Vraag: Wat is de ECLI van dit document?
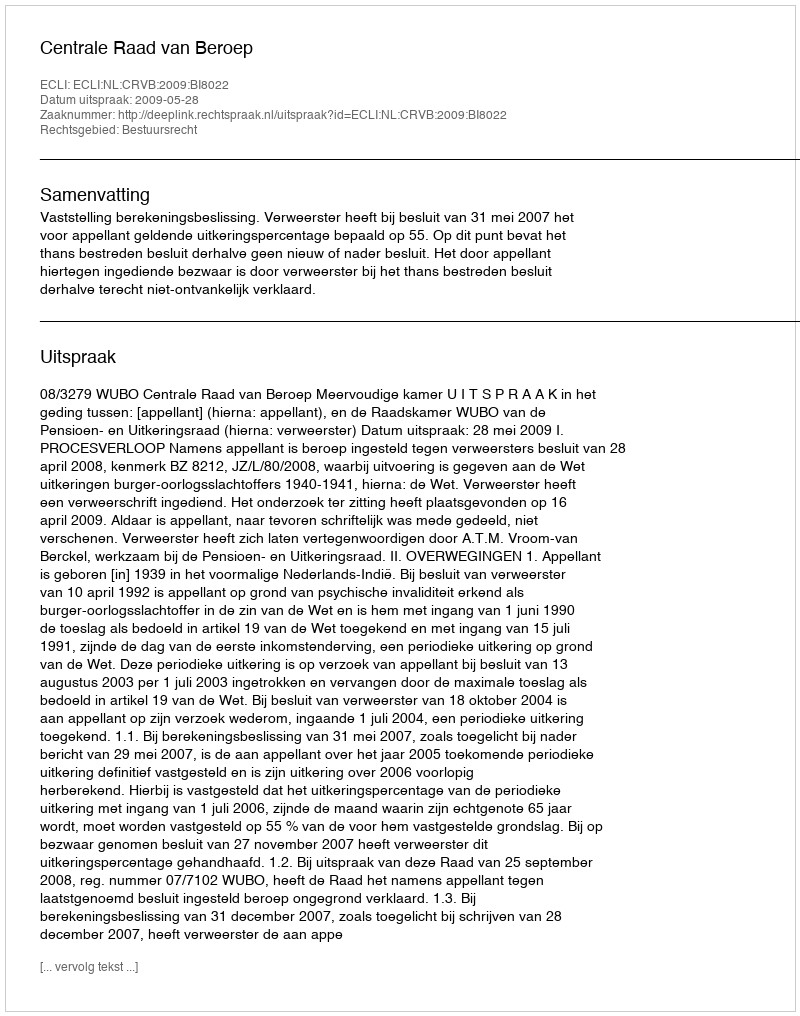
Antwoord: ECLI:NL:CRVB:2009:BI8022